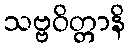
သဗ္ဗဝိတ္တာနိ